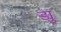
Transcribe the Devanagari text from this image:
ड्यु